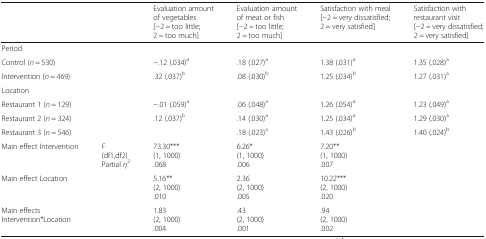
<table><thead><tr><td colspan="2">[EMPTY_CELL]</td><td><b>Evaluation amount of vegetables[−2 = too little; 2 = too much]</b></td><td><b>Evaluation amount of meat or fish[−2 = too little; 2 = too much]</b></td><td><b>Satisfaction with meal[−2 = very dissatisfied; 2 = very satisfied]</b></td><td><b>Satisfaction with restaurant visit[−2 = very dissatisfied; 2 = very satisfied]</b></td></tr></thead><tbody><tr><td colspan="2">Period</td><td>[EMPTY_CELL]</td><td>[EMPTY_CELL]</td><td>[EMPTY_CELL]</td><td>[EMPTY_CELL]</td></tr><tr><td colspan="2">Control (<i>n</i> = 530)</td><td>−.12 (.034)<sup>a</sup></td><td>.18 (.027)<sup>a</sup></td><td>1.38 (.031)<sup>a</sup></td><td>1.35 (.028)<sup>a</sup></td></tr><tr><td colspan="2">Intervention (<i>n</i> = 469)</td><td>.32 (.037)<sup>b</sup></td><td>.08 (.030)<sup>b</sup></td><td>1.25 (.034)<sup>b</sup></td><td>1.27 (.031)<sup>a</sup></td></tr><tr><td colspan="2">Location</td><td>[EMPTY_CELL]</td><td>[EMPTY_CELL]</td><td>[EMPTY_CELL]</td><td>[EMPTY_CELL]</td></tr><tr><td colspan="2">Restaurant 1 (<i>n</i> = 129)</td><td>−.01 (.059)<sup>a</sup></td><td>.06 (.048)<sup>a</sup></td><td>1.26 (.054)<sup>a</sup></td><td>1.23 (.049)<sup>a</sup></td></tr><tr><td colspan="2">Restaurant 2 (<i>n</i> = 324)</td><td>.12 (.037)<sup>b</sup></td><td>.14 (.030)<sup>a</sup></td><td>1.25 (.034)<sup>a</sup></td><td>1.29 (.030)<sup>a</sup></td></tr><tr><td colspan="2">Restaurant 3 (<i>n</i> = 546)</td><td>[EMPTY_CELL]</td><td>.18 (.023)<sup>a</sup></td><td>1.43 (.026)<sup>b</sup></td><td>1.40 (.024)<sup>b</sup></td></tr><tr><td>Main effect Intervention</td><td><i>F</i>(df1,df2)Partial <i>η</i><sup>2</sup></td><td>73.30***(1, 1000).068</td><td>6.26*(1, 1000).006</td><td>7.20**(1, 1000).007</td><td>[EMPTY_CELL]</td></tr><tr><td>Main effect Location</td><td>[EMPTY_CELL]</td><td>5.16**(2, 1000).010</td><td>2.36(2, 1000).005</td><td>10.22***(2, 1000).020</td><td>[EMPTY_CELL]</td></tr><tr><td>Main effects Intervention*Location</td><td>[EMPTY_CELL]</td><td>1.83(2, 1000).004</td><td>.43(2, 1000).001</td><td>.94(2, 1000).002</td><td>[EMPTY_CELL]</td></tr></tbody></table>